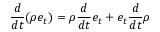
\frac { d } { d t } ( \rho e _ { t } ) = \rho \frac { d } { d t } e _ { t } + e _ { t } \frac { d } { d t } \rho